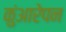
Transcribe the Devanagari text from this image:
कुंआरेपन